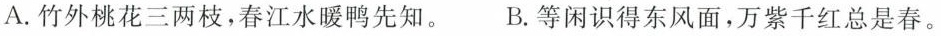
A.竹外桃花三两枝，春江水暖鸭先知。 B.等闲识得东风面，万紫千红总是春。